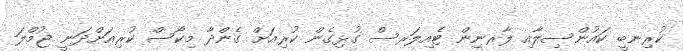
ކުރިނބީ ކައުންސިލާއި ލާރނިން ޓެއިލަރސް ގުޅިގެން ކުރިއަށް ގެންދާ މިކޯސް ކުރިއަށްދަނީ ޖުމްލަ